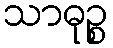
သာဓုဉ္စ